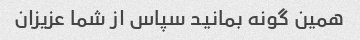
همین گونه بمانید سپاس از شما عزیزان